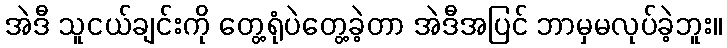
အဲဒီ သူငယ်ချင်းကို တွေ့ရုံပဲတွေ့ခဲ့တာ အဲဒီအပြင် ဘာမှမလုပ်ခဲ့ဘူး။